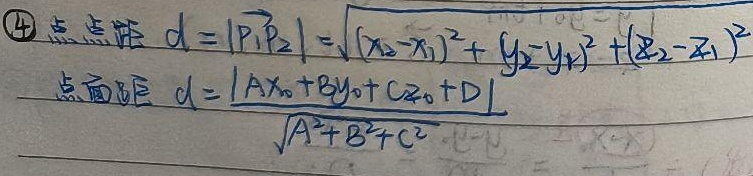
\textcircled{4} 点点距 \(d = |\overrightarrow{P_1P_2}|=\sqrt{(x_2 - x_1)^2+(y_2 - y_1)^2+(z_2 - z_1)^2}\)，点面距 \(d=\frac{|Ax_0 + By_0 + Cz_0+D|}{\sqrt{A^2 + B^2 + C^2}}\)